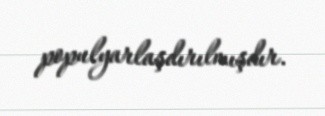
populyarlaşdırılmışdır.